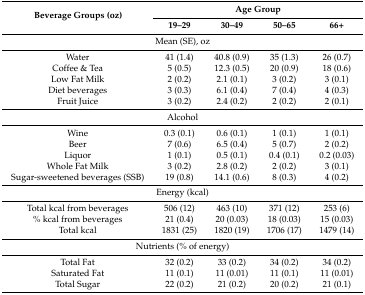
<table><thead><tr><td rowspan="2"><b>Beverage Groups (oz)</b></td><td colspan="4"><b>Age Group</b></td></tr><tr><td><b>19–29</b></td><td><b>30–49</b></td><td><b>50–65</b></td><td><b>66+</b></td></tr></thead><tbody><tr><td colspan="5">Mean (SE), oz</td></tr><tr><td>Water</td><td>41 (1.4)</td><td>40.8 (0.9)</td><td>35 (1.3)</td><td>26 (0.7)</td></tr><tr><td>Coffee &amp; Tea</td><td>5 (0.5)</td><td>12.3 (0.5)</td><td>20 (0.9)</td><td>18 (0.6)</td></tr><tr><td>Low Fat Milk</td><td>2 (0.2)</td><td>2.1 (0.1)</td><td>3 (0.2)</td><td>3 (0.1)</td></tr><tr><td>Diet beverages</td><td>3 (0.3)</td><td>6.1 (0.4)</td><td>7 (0.4)</td><td>4 (0.3)</td></tr><tr><td>Fruit Juice</td><td>3 (0.2)</td><td>2.4 (0.2)</td><td>2 (0.2)</td><td>2 (0.1)</td></tr><tr><td colspan="5">Alcohol</td></tr><tr><td>Wine</td><td>0.3 (0.1)</td><td>0.6 (0.1)</td><td>1 (0.1)</td><td>1 (0.1)</td></tr><tr><td>Beer</td><td>7 (0.6)</td><td>6.5 (0.4)</td><td>5 (0.7)</td><td>2 (0.2)</td></tr><tr><td>Liquor</td><td>1 (0.1)</td><td>0.5 (0.1)</td><td>0.4 (0.1)</td><td>0.2 (0.03)</td></tr><tr><td>Whole Fat Milk</td><td>3 (0.2)</td><td>2.8 (0.2)</td><td>2 (0.2)</td><td>3 (0.1)</td></tr><tr><td>Sugar-sweetened beverages (SSB)</td><td>19 (0.8)</td><td>14.1 (0.6)</td><td>8 (0.3)</td><td>4 (0.2)</td></tr><tr><td colspan="5">Energy (kcal)</td></tr><tr><td>Total kcal from beverages</td><td>506 (12)</td><td>463 (10)</td><td>371 (12)</td><td>253 (6)</td></tr><tr><td>% kcal from beverages</td><td>21 (0.4)</td><td>20 (0.03)</td><td>18 (0.03)</td><td>15 (0.03)</td></tr><tr><td>Total kcal</td><td>1831 (25)</td><td>1820 (19)</td><td>1706 (17)</td><td>1479 (14)</td></tr><tr><td colspan="5">Nutrients (% of energy)</td></tr><tr><td>Total Fat</td><td>32 (0.2)</td><td>33 (0.2)</td><td>34 (0.2)</td><td>34 (0.2)</td></tr><tr><td>Saturated Fat</td><td>11 (0.1)</td><td>11 (0.01)</td><td>11 (0.1)</td><td>11 (0.01)</td></tr><tr><td>Total Sugar</td><td>22 (0.2)</td><td>21 (0.2)</td><td>20 (0.2)</td><td>21 (0.1)</td></tr></tbody></table>